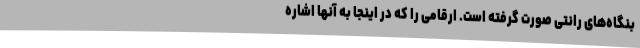
بنگاه‌های رانتی صورت گرفته است. ارقامی را که در اینجا به آنها اشاره